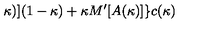
\kappa ) ] ( 1 - \kappa ) + \kappa M ^ { \prime } [ A ( \kappa ) ] \} c ( \kappa )